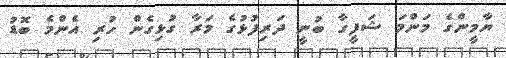
ޔާމީންގެ މަންމަ ޝަފީގާ ބުނީ ދަރިފުޅުގެ މަރާ ގުޅިގެން ހުރި އެންމެ ބޮޑު